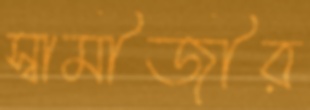
স্বামীজীর